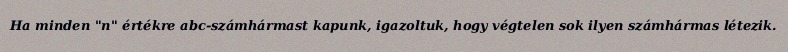
Ha minden "n" értékre abc-számhármast kapunk, igazoltuk, hogy végtelen sok ilyen számhármas létezik.